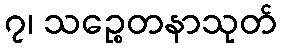
၇၊ သဉ္စေတနာသုတ်